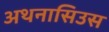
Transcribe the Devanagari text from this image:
अथनासिउस